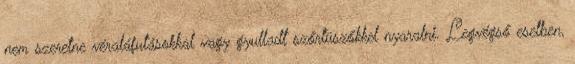
nem szeretne véraláfutásokkal vagy gyulladt szőrtüszőkkel nyaralni. Legvégső esetben,